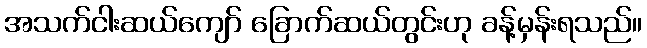
အသက်ငါးဆယ်ကျော် ခြောက်ဆယ်တွင်းဟု ခန့်မှန်းရသည်။